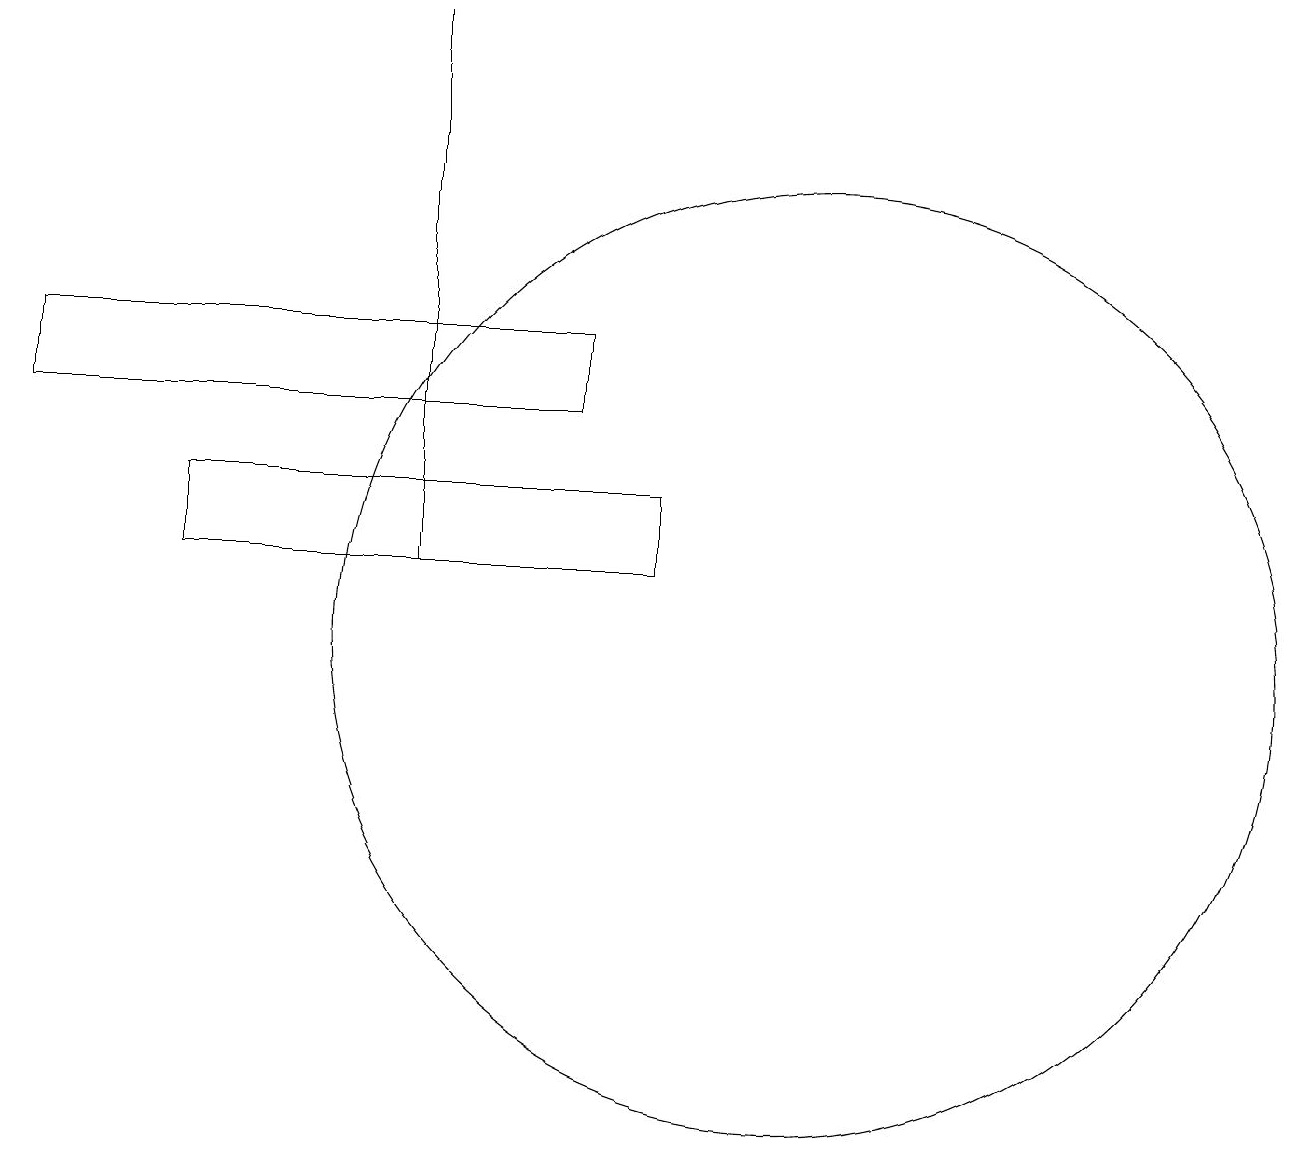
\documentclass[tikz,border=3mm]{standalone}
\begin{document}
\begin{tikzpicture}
\draw (0,15) rectangle (7,14);
\draw (10,11) circle (6);
\draw (5,12) rectangle (5,19);
\draw (8,13) rectangle (2,12);
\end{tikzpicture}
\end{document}